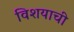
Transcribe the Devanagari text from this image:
विशयाची